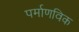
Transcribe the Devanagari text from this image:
पर्माणविक